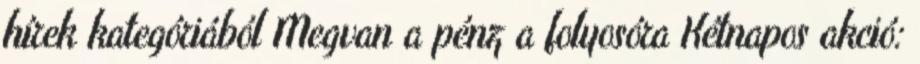
hírek kategóriából Megvan a pénz a folyosóra Kétnapos akció: